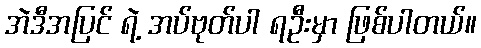
အဲဒီအပြင် ရဲ့ အပ်ဗုတ်ပါ ရဦးမှာ ဖြစ်ပါတယ်။